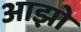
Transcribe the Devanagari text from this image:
आझो